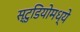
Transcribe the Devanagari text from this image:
स्टु़डियोमध्ये